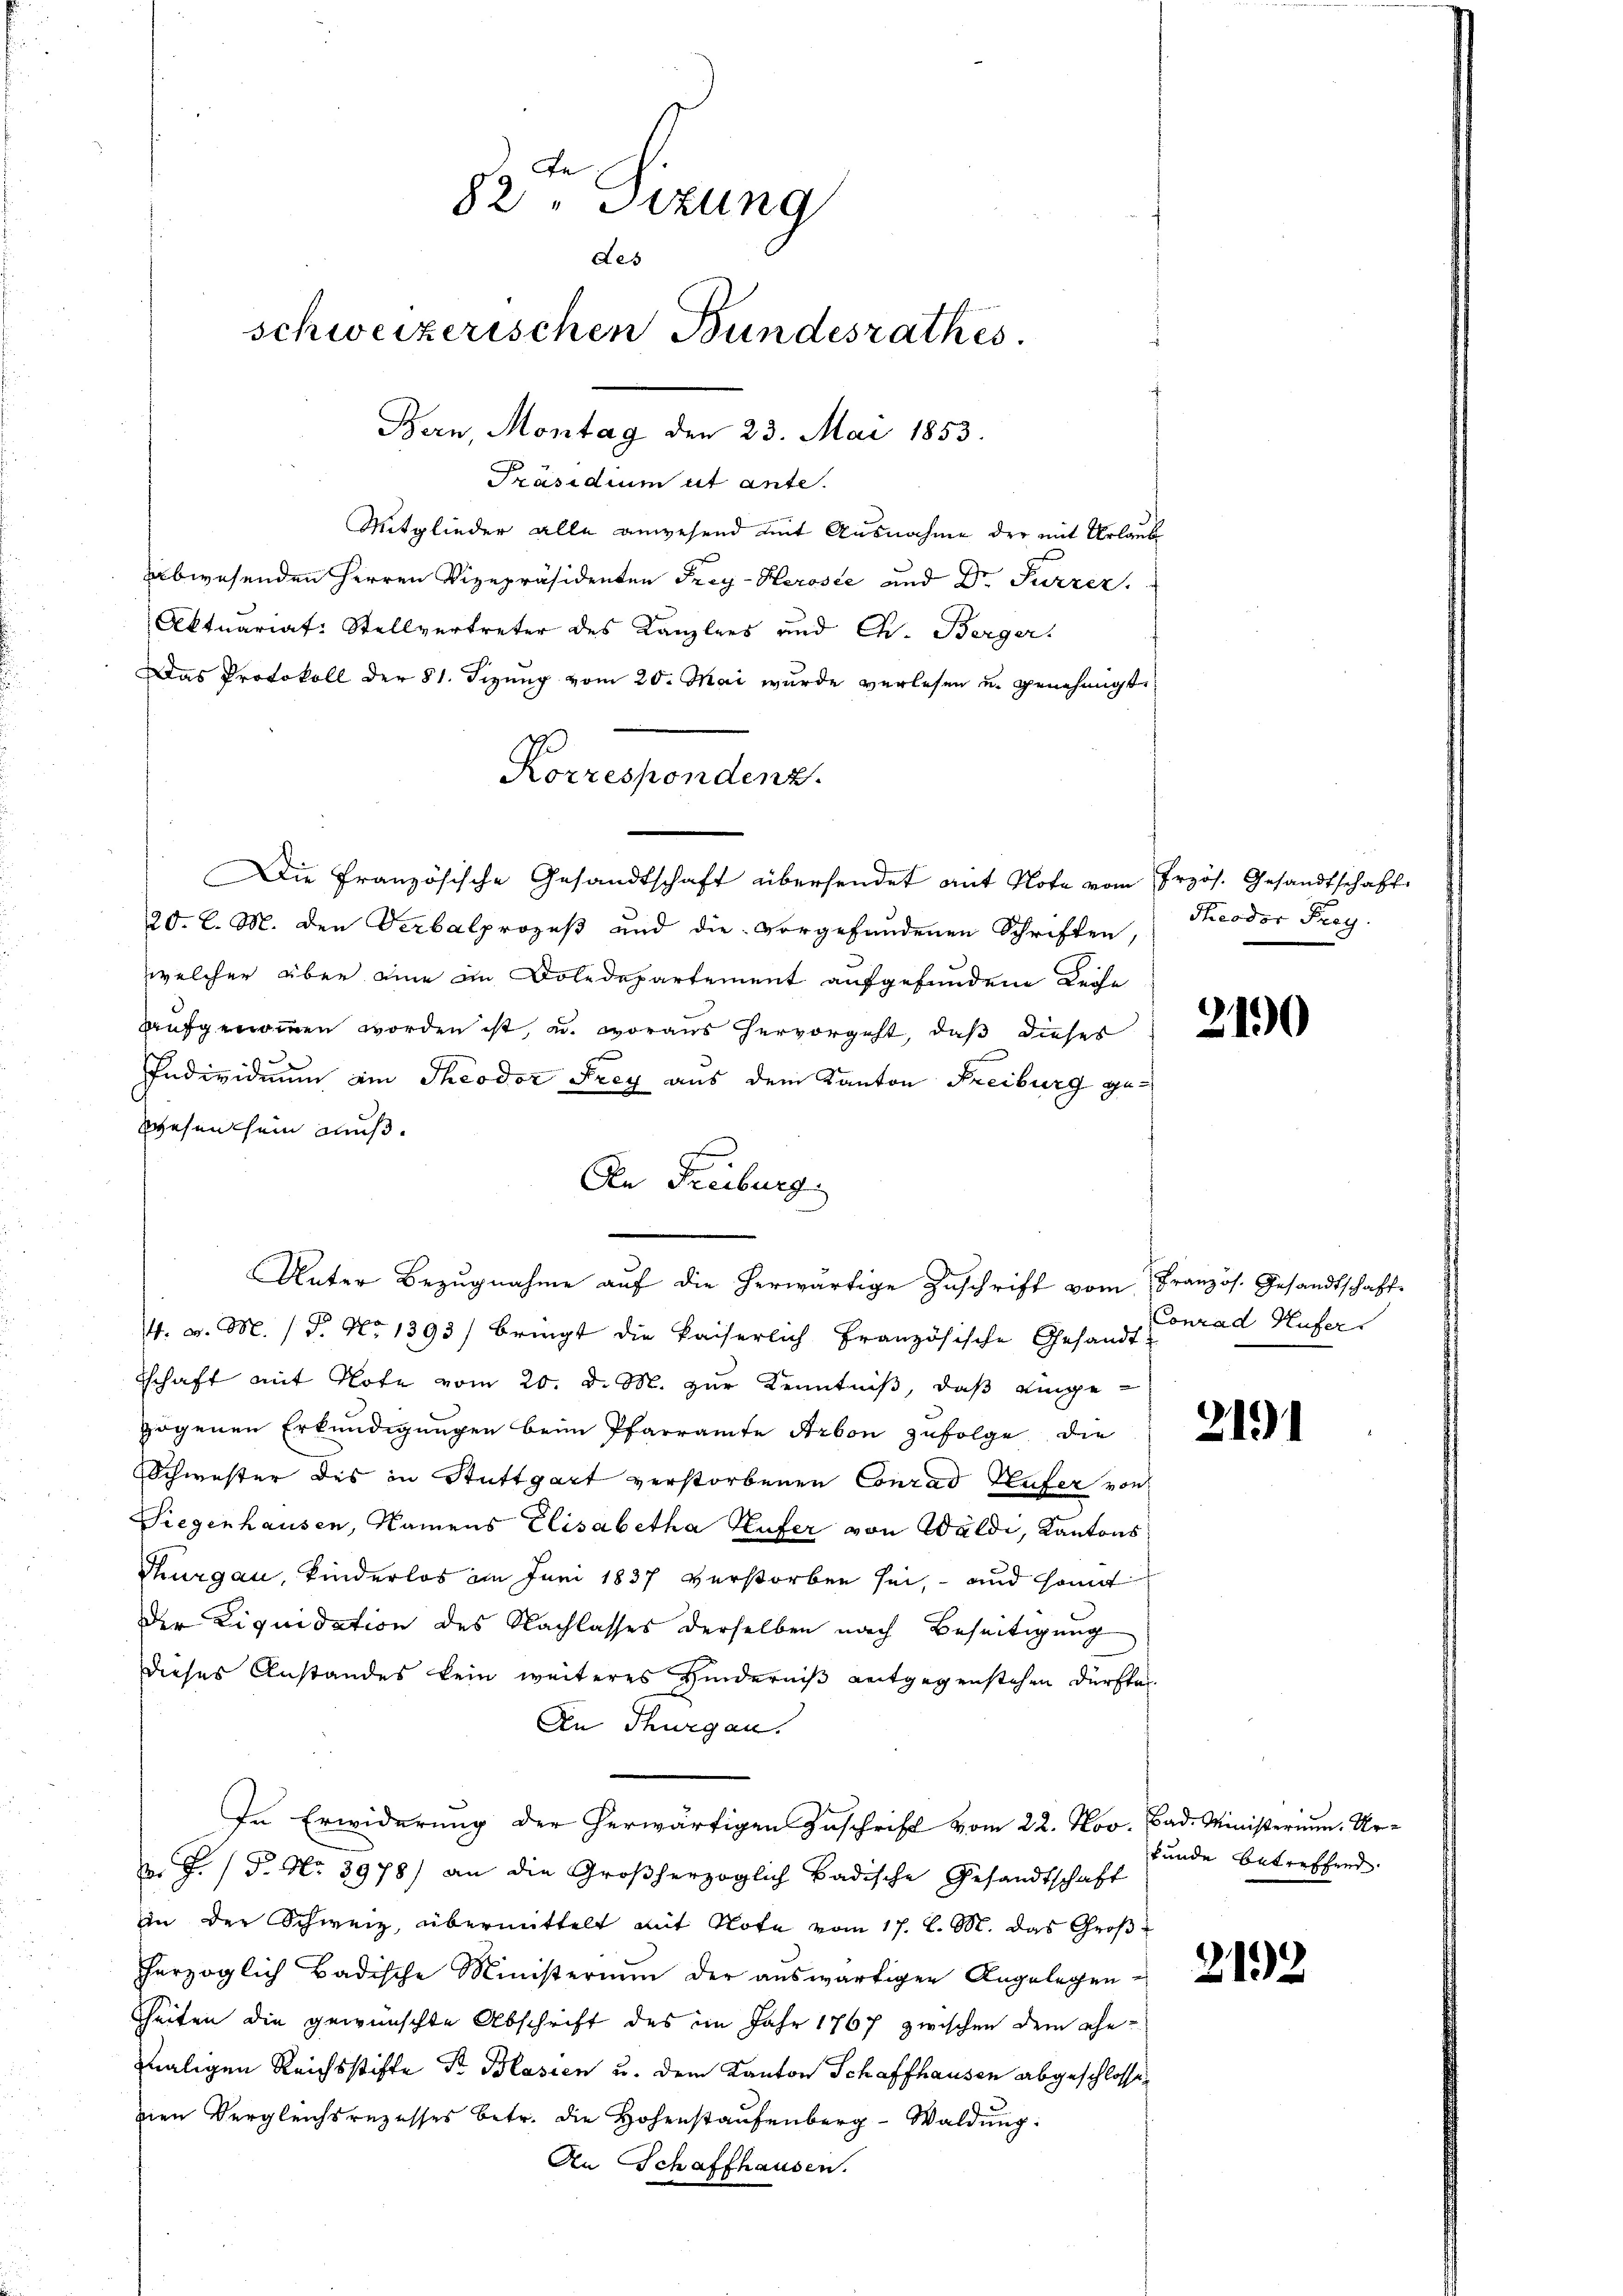
An
82 " Sizung
des
schweizerischen Bundesrathes.
Bern, Montag den 23. Mai 1853.

Präsidium ut ante.
Mitglieder alle anwesend mit Ausnahme der mit Urlaub
abwesenden Herren Vizepräsidenten Frey-Herose und Dr. Furrer.
Aktuariat: Stellvertreter des Kanzlers und Ch. Berger.
Das Protokoll der 81. Sizung vom 20. Mai wurde verlesen u. genehmigt.
Die Französische Gesandtschaft übersendet mit Note vom Erzös. Gesandtschaft
20. l. M. den Verbalprozeß und die vorgefundenen Schriften,
welcher über eine im Doledepartement aufgefundene Reihe
aufgenommen worden ist, u. woraus hervorgeht, daß dieses
Individuum am Theodor Frey aus dem Kanton Freiburg ge¬
Wesen sein muß.
4. v. M. (T. No 1393/ bringt die Kaiserlich französische Gesandt
tschaft mit Note vom 20. d. M. zur Kenntniß, daß eingegogenen Erkundigungen beim Pfarramte Arbon zufolge die
Schwester des in Stuttgart verstorbenen Conrad Hufer von
Siegenhausen, Namens Elisabetha Hufer von Wäldi, Kantons
Thurgau, Kinderlos im Juni 1837 verstorben sei, und somit
der Liquidation des Nachlasses derselben nach Beseitigung
Dieses Anstandes kein weiteres Hinderniß entgegenstehen dürfte.
In Thurgau.
In Erwiderung der herwärtigen Zuschrift vom 22. Nov. Bad. Ministerium. Ur-
v. J. P. Nr. 3978) an die Großherzoglich Badische Gesandtschaft
iin der Schweiz, übermittelt mit Note vom 17. l. M. das Großherzoglich Badische Ministerium der auswärtigen Angelegen-
hheiten die gewünschte Abschrift des im Jahr 1767 zwischen dem ehe-
maligen Reichsstifte Dr. Blasien u. dem Kanton Schaffhausen abgeschlossezien Vergleichsrezesses betr. die Hohenstaufenberg-Waldung:
An Schaffhausen.

Korrespondenz.

An Freiburg
Unter Bezugnahme auf die herwärtige Zuschrift vom Französ. Gesandtschaft-

Theodor Frey.

2190

Conrad Hufer

2131

kunde betreffend.

2192